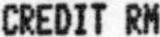
CREDIT RM